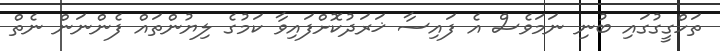
ތަހްގީގުގައި ބުނި ނަމަވެސް އެ ފައިސާ ޚަރަދުކޮށްފައިވާ ކަމުގެ ލިޔުންތައް ފެންނަން ނެތް